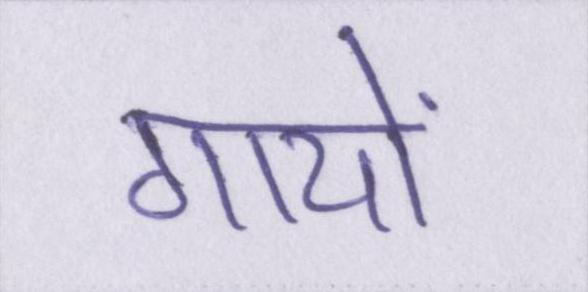
गायों